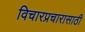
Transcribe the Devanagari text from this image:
विचारप्रचारासाठी